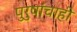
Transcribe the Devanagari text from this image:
पुरुषांचाही